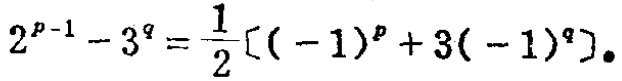
$2^{p - 1} - 3^{q} = \frac{1}{2}[(-1)^{p} + 3(-1)^{q}]$